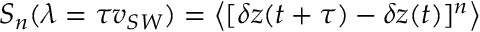
S _ { n } ( \lambda = \tau v _ { { S W } } ) = \left< [ \delta z ( t + \tau ) - \delta z ( t ) ] ^ { n } \right>